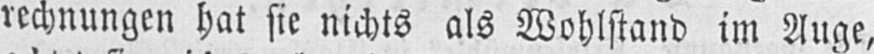
rechnungen hat sie nichts als Wohlstand im Auge,